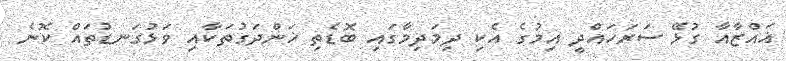
ޣައްޒާއާ ގުޅޭ ސަރަހައްދީ އިމުގެ އެކި ދިމަދިމާގައި ބޮޑެތި ޚަންދަގުތަކާއި ވަޅުގަނޑުތައް ކޮނެ